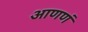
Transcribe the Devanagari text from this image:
आणणं